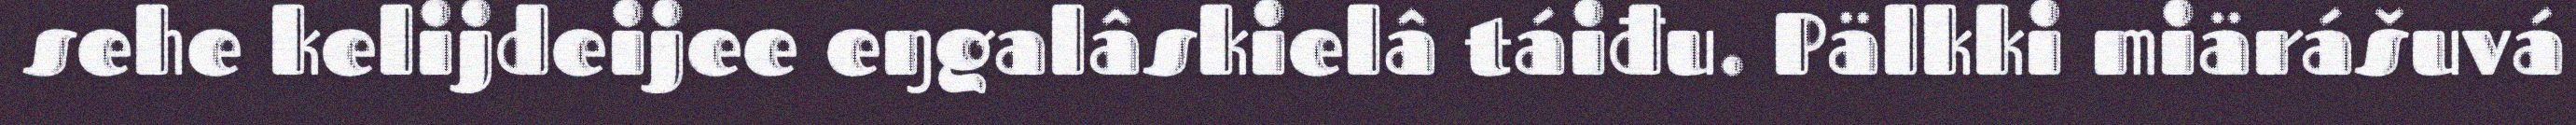
sehe kelijdeijee eŋgalâskielâ táiđu. Pälkki miärášuvá